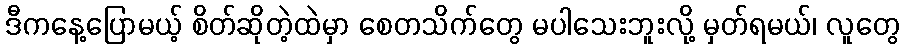
ဒီကနေ့ပြောမယ့် စိတ်ဆိုတဲ့ထဲမှာ စေတသိက်တွေ မပါသေးဘူးလို့ မှတ်ရမယ်၊ လူတွေ